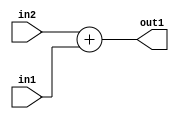
`timescale 1ps / 1ps
/*****************************************************************************
    Verilog RTL Description
    
    
    Created by: Stratus DpOpt 21.05.01 
*******************************************************************************/

module dut_Add_8Ux8U_9U_4 (
	in2,
	in1,
	out1
	); /* architecture "behavioural" */ 
input [7:0] in2,
	in1;
output [8:0] out1;
wire [8:0] asc001;

assign asc001 = 
	+(in2)
	+(in1);

assign out1 = asc001;
endmodule

/* CADENCE  urj3Tw4= : u9/ySxbfrwZIxEzHVQQV8Q== ** DO NOT EDIT THIS LINE ******/